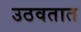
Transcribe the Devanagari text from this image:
उठवतात